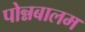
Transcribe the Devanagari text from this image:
पोन्नबालम